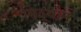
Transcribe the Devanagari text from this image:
सिद्धान